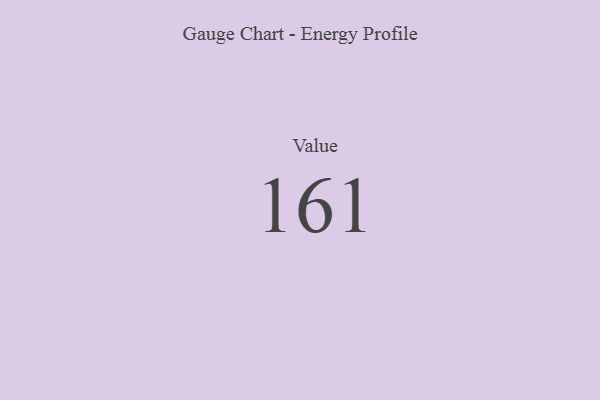
{"axis": {"x": "Metric", "y": "Value"}, "legend": [""], "data": [{"x": "Value", "y": 161, "type": ""}]}